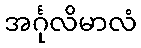
အင်္ဂုလိမာလံ